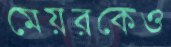
মেয়রকেও